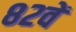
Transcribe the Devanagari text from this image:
८२वें